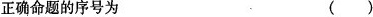
正确命题的序号为 ( )